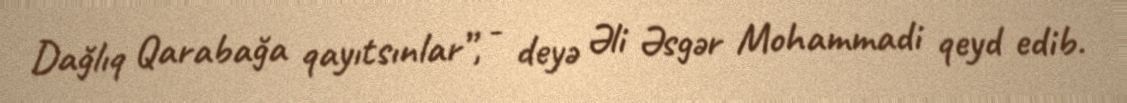
Dağlıq Qarabağa qayıtsınlar”, - deyə Əli Əsgər Mohammadi qeyd edib.